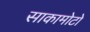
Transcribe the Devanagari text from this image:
साकामोटो